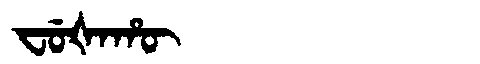
Manchu: ᠸᡠᡧᠠᡥᡡ
Romanization: FUŠAHŪ